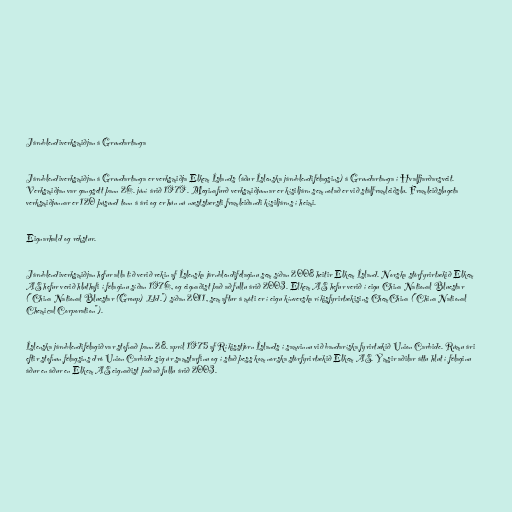
Járnblendiverksmiðjan á Grundartanga

Járnblendiverksmiðjan á Grundartanga er verksmiðja Elkem Íslands (áður Íslenska járnblendifélagsins) á Grundartanga í Hvalfjarðarsveit.
Verksmiðjan var gangsett þann 26. júní árið 1979. Meginafurð verksmiðjunnar er kísiljárn sem notað er við stálframleiðslu. Framleiðslugeta
verksmiðjunnar er 120 þúsund tonn á ári og er hún nú næststærsti framleiðandi kísiljárns í heimi.

Eignarhald og rekstur.

Járnblendiverksmiðjan hefur alla tíð verið rekin af Íslenska járnblendifélaginu sem síðan 2008 heitir Elkem Ísland. Norska stórfyrirtækið Elkem
AS hefur verið hluthafi í félaginu síðan 1976, og eignaðist það að fullu árið 2003. Elkem AS hefur verið í eigu China National Bluestar
("China National Bluestar (Group) Ltd.") síðan 2011, sem aftur á móti er í eigu kínverska ríkisfyrirtækisins ChemChina ("China National
Chemical Corporation").

Íslenska járnblendifélagið var stofnað þann 28. apríl 1975 af Ríkisstjórn Íslands í samvinnu við bandaríska fyrirtækið Union Carbide. Rúmu ári
eftir stofnun félagsins dró Union Carbide sig úr samstarfinu og í stað þess kom norska stórfyrirtækið Elkem AS. Ýmsir aðilar áttu hlut í félaginu
áður en áður en Elkem AS eignaðist það að fullu árið 2003.